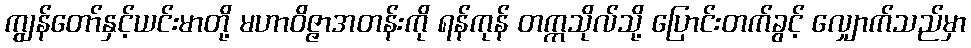
ကျွန်တော်နှင့်ယင်းမာတို့ မဟာဝိဇ္ဇာအတန်းကို ရန်ကုန် တက္ကသိုလ်သို့ ပြောင်းတက်ခွင့် လျှောက်သည်မှာ